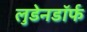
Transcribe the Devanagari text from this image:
लुडेनडॉर्फ